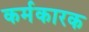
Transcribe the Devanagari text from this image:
कर्मकारक